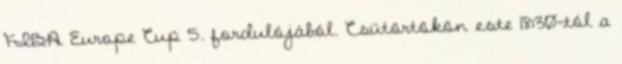
FIBA Europe Cup 5. fordulójából. Csütörtökön este 18:30-tól a